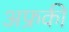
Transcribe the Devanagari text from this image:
अफ्रकी